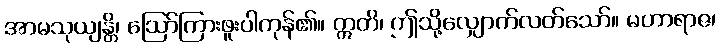
အာမသုယျန္တိ၊ ဩော်ကြားဖူးပါကုန်၏။ ဣတိ၊ ဤသို့လျှောက်လတ်သော်။ မဟာရာဇ၊